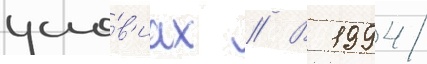
усло́в'иах // В 1994